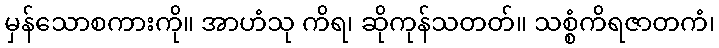
မှန်သောစကားကို။ အာဟံသု ကိရ၊ ဆိုကုန်သတတ်။ သစ္စံကိရဇာတကံ၊